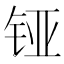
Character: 铔